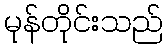
မုန်တိုင်းသည်